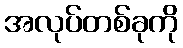
အလုပ်တစ်ခုကို